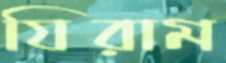
যিরাম